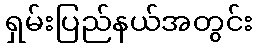
ရှမ်းပြည်နယ်အတွင်း